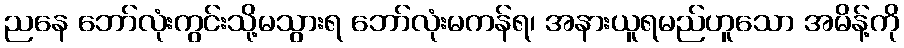
ညနေ ဘော်လုံးကွင်းသို့မသွားရ ဘော်လုံးမကန်ရ၊ အနားယူရမည်ဟူသော အမိန့်ကို